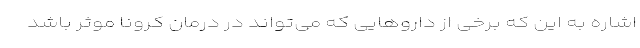
اشاره به این که برخی از داروهایی که می‌تواند در درمان کرونا موثر باشد